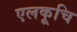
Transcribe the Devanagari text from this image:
एलकूचि